Riigikantselei, lk 12
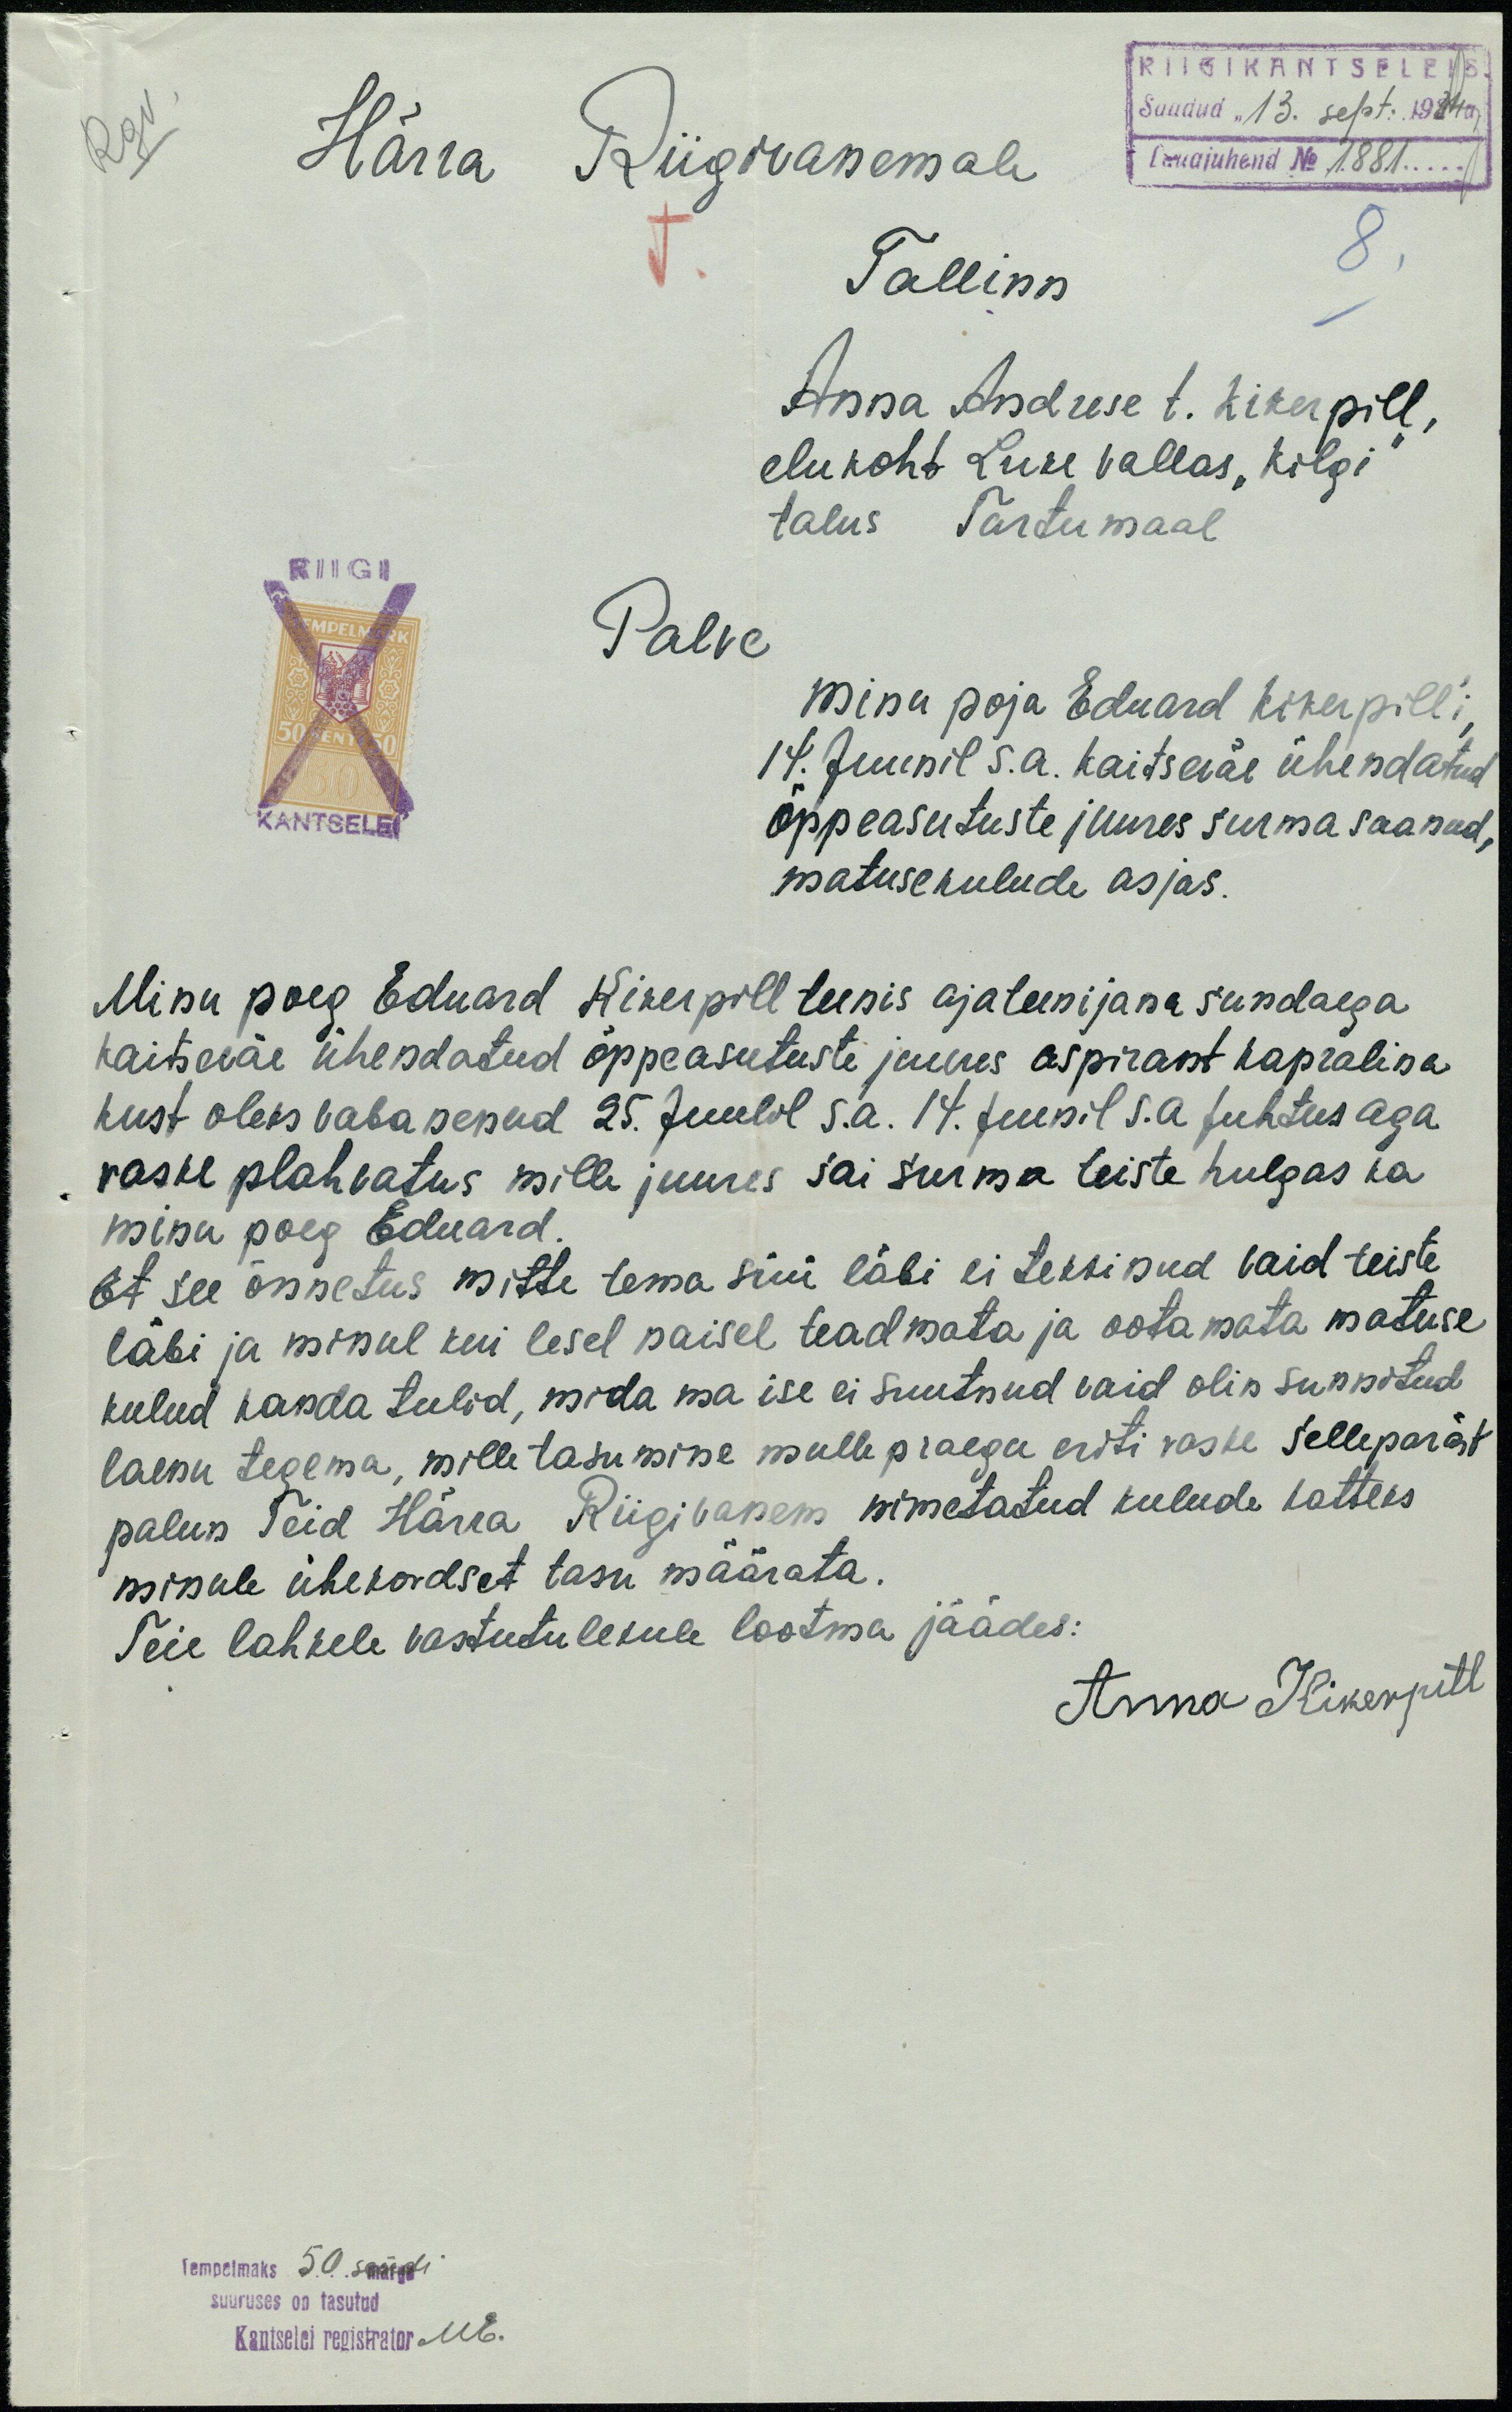
RIIGIKANTSELEIS
Härra Riigivanemalt
Saadud "13" sept. 1924 a.
Lauajuhend No 1881
Tallinn
8.
Anna Andrese t. Kikerpill,
elukoht Luke vallas "Kilgi"
talus Tartumaal
Palve
minu poja Eduard Kikerpilli
14. Juunil s.a. kaitseväe ühendatud
õppeasutuste juures surma saanud,
matusekulude asjas.
Minu poeg Eduard Kikerpill teenis ajateenijana sundaega.
kaitseväe ühendatud õppeasutuste juures aspirant kapralina
kust oleks vabanenud 25. Juulil s.a. 14. Juunil s.a juhtus aga
raske plahvatus mille juures sai surma teiste hulgas ka
minu poeg Eduard.
Et see õnnetus mitte tema süü läbi ei tekkinud vaid teiste
läbi ja minul kui lesel naisel teadmata ja ootamata matuse
kulud kanda tulid, mida ma ise ei suutnud vaid olin sunnitud
laenu tegema, mille tasumise mulle praegu eriti raske Sellepärast
palun Teid Härra Riigivanem nimetatud kulude katteks
minule ühekordset tasu määrata.
Teie lahkele vastutulekule lootma jäädes:
Anna Kikerpill

Tempelmaks 50 sendi
suuruses on tasutud
Kantselei registator M.E.